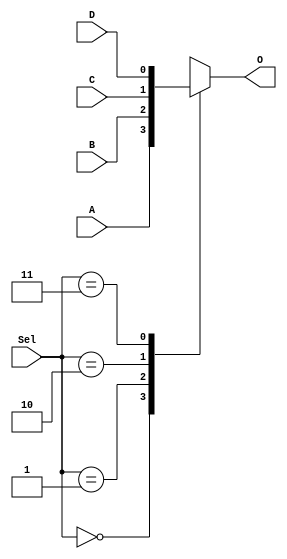
`timescale 1ns / 1ps
//////////////////////////////////////////////////////////////////////////////////
// Company: 
// Engineer: 
// 
// Design Name: 
// Module Name: lab1
// Project Name: 
// Target Devices: 
// Tool Versions: 
// Description: 
// 
// Dependencies: 
// 
// Revision:
// Revision 0.01 - File Created
// Additional Comments:
// 
//////////////////////////////////////////////////////////////////////////////////


module lab1(
    input [1:0] Sel,
    output reg O,
    input A,
    input B,
    input C,
    input D
    );
   

    always @ (A or B or C or D or Sel) begin
       case (Sel)
         2'b00 : O = A;
         2'b01 : O = B;
         2'b10 : O = C;
         2'b11 : O = D;
       endcase
     end
         
    
endmodule